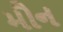
મૌન